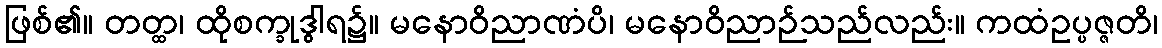
ဖြစ်၏။ တတ္ထ၊ ထိုစက္ခုဒွါရ၌။ မနောဝိညာဏံပိ၊ မနောဝိညာဉ်သည်လည်း။ ကထံဥပ္ပဇ္ဇတိ၊